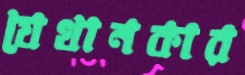
যেখানকার